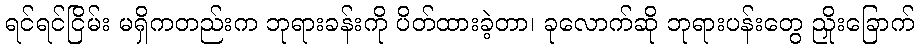
ရင်ရင်ငြိမ်း မရှိကတည်းက ဘုရားခန်းကို ပိတ်ထားခဲ့တာ၊ ခုလောက်ဆို ဘုရားပန်းတွေ ညှိုးခြောက်